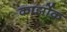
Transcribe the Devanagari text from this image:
कार्झोक